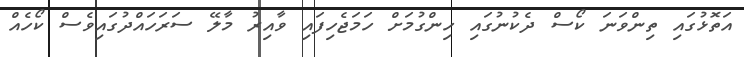
އަތޮޅުގައި ތިންވަނަ ކޯސް ދެކުނުގައި ހިންގުމަށް ހަމަޖެހިފައި ވާއިރު މާލޭ ސަރަހައްދުގައިވެސް ކޯހެއް